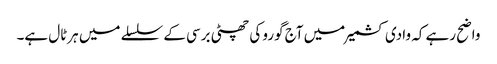
واضح رہے کہ وادی کشمیر میں آج گورو کی چھٹی برسی کے سلسلے میں ہرٹال ہے۔